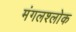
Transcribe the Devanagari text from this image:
मंगलश्लोक